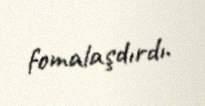
fomalaşdırdı.